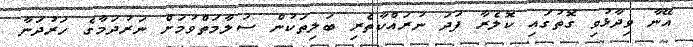
އޭނާ ވިދާޅުވި ގޮތުގައި ކޮލެރާ ފަދަ ނުރައްކާތެރި ބަލިތަކުން ސަލާމަތްވުމަށް ނަރުދަމާގެ ހަރުދަނާ